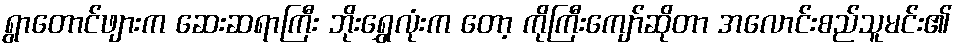
ရွာတောင်ဖျားက ဆေးဆရာကြီး ဘိုးရွှေလုံးက တော့ ကိုကြီးကျော်ဆိုတာ အလောင်းစည်သူမင်း၏